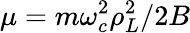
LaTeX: \mu=m\omega_{c}^{2}\rho_{L}^{2}/2B